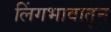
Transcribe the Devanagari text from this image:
लिंगभावातून